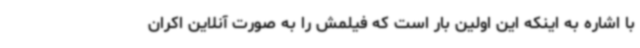
با اشاره به اینکه این اولین بار است که فیلمش را به صورت آنلاین اکران